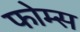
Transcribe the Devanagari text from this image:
फोम्स